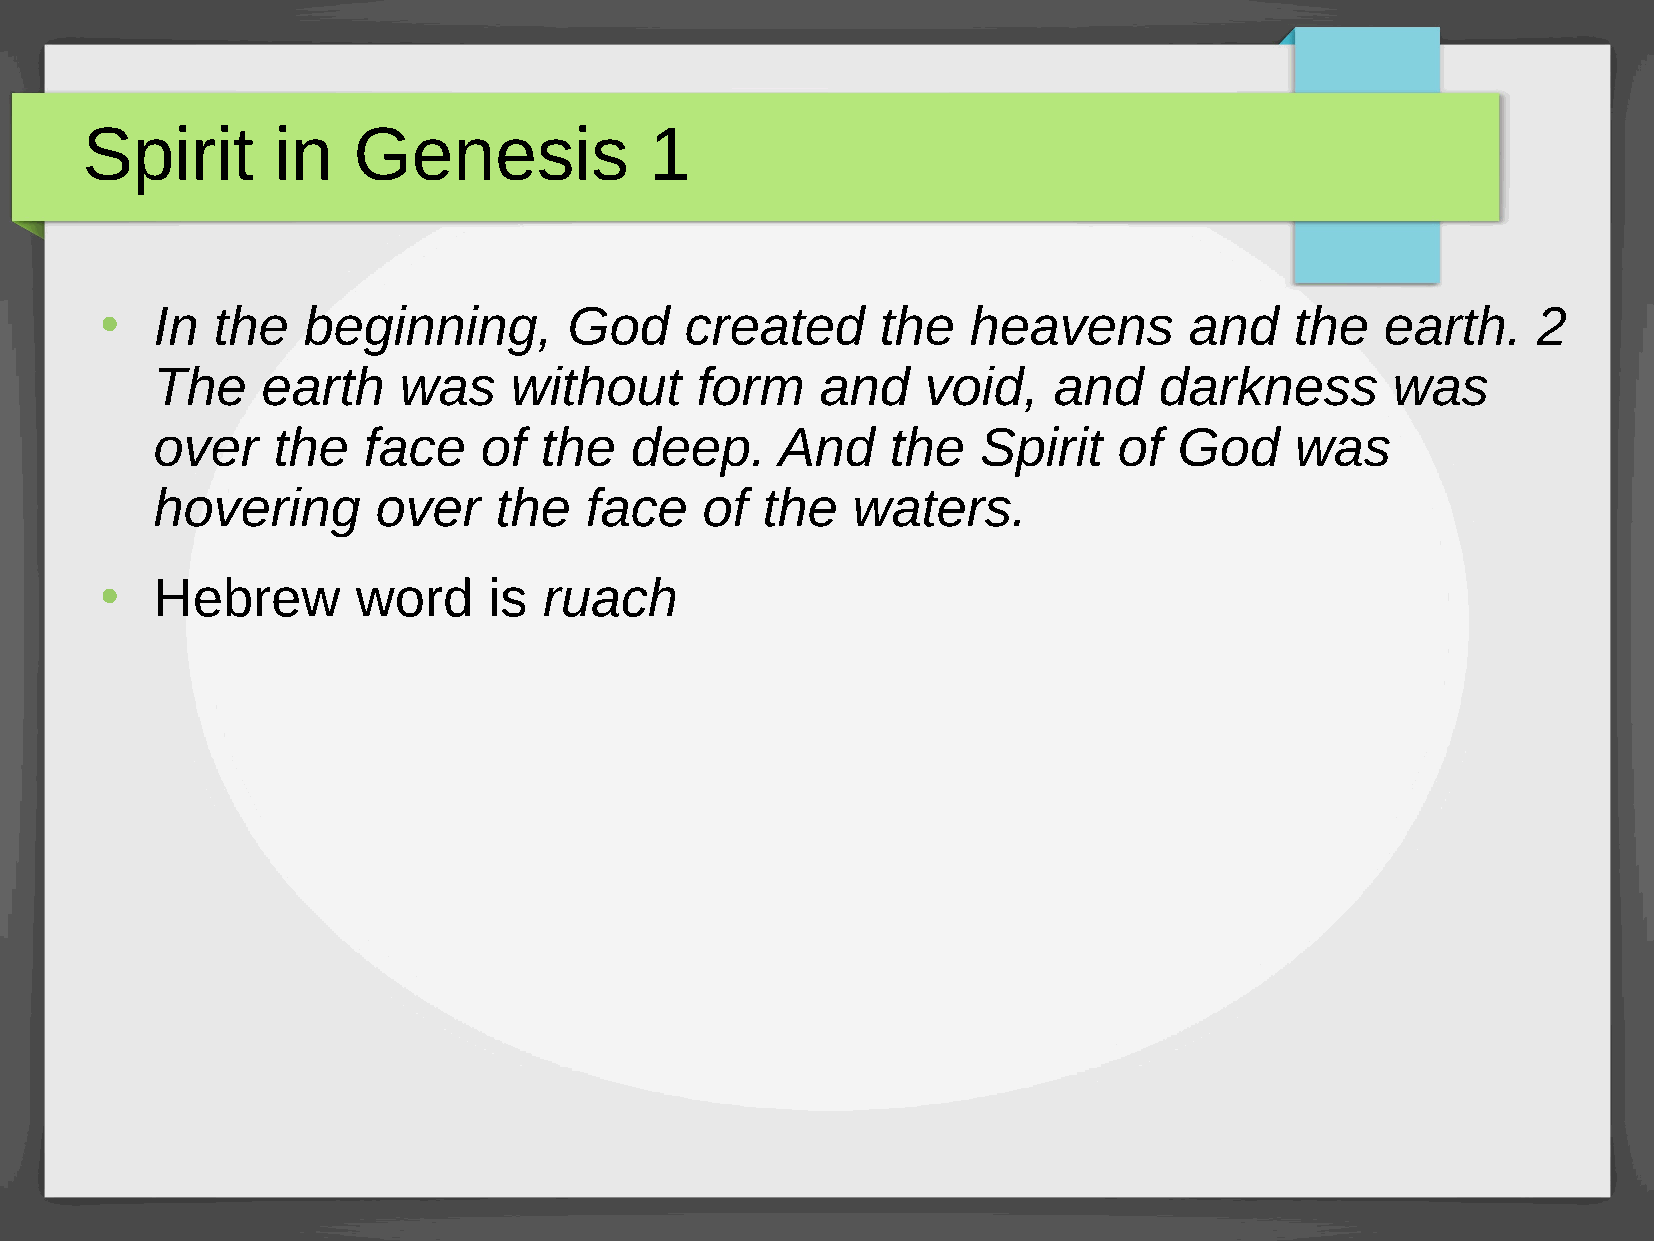
Spirit       in   Genesis             1
 In  the   beginning,        God    created      the   heavens        and    the   earth.    2
 ●
 The    earth    was     without     form    and    void,    and    darkness       was
 over    the   face    of  the   deep.     And    the   Spirit   of  God     was
 hovering       over    the   face    of the   waters.
 Hebrew        word    is  ruach
 ●